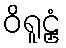
ဝိရူဠှံ